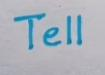
Tell